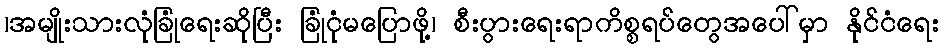
၊အမျိုးသားလုံခြုံရေးဆိုပြီး ခြုံငုံမပြောဖို့၊ စီးပွားရေးရာကိစ္စရပ်တွေအပေါ်မှာ နိုင်ငံရေး